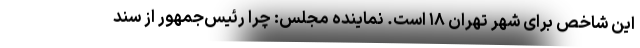
این شاخص برای شهر تهران ۱۸ است. نماینده مجلس: چرا رئیس‌جمهور از سند